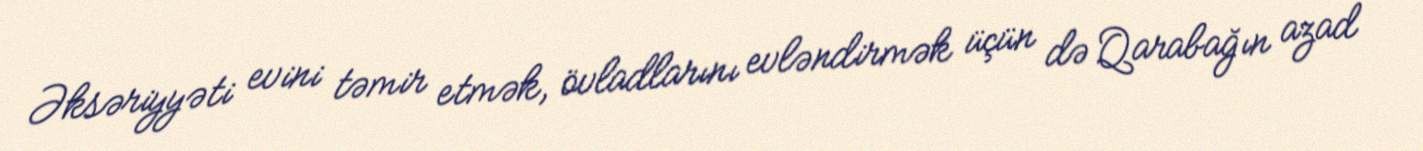
Əksəriyyəti evini təmir etmək, övladlarını evləndirmək üçün də Qarabağın azad